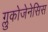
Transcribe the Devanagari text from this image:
ग्लुकोजेनेसिस